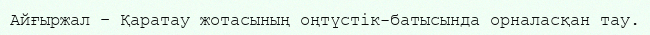
Айғыржал – Қаратау жотасының оңтүстік-батысында орналасқан тау.